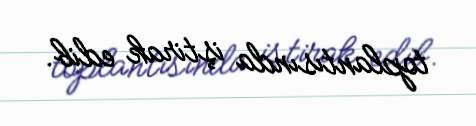
toplantısında iştirak edib.